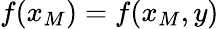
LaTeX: f(x_{M})=f(x_{M},y)